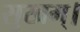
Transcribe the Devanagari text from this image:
सुखम्।